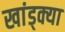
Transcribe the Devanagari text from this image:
खांड्क्या